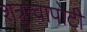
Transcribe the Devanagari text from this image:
शत्रुत्वापोटी